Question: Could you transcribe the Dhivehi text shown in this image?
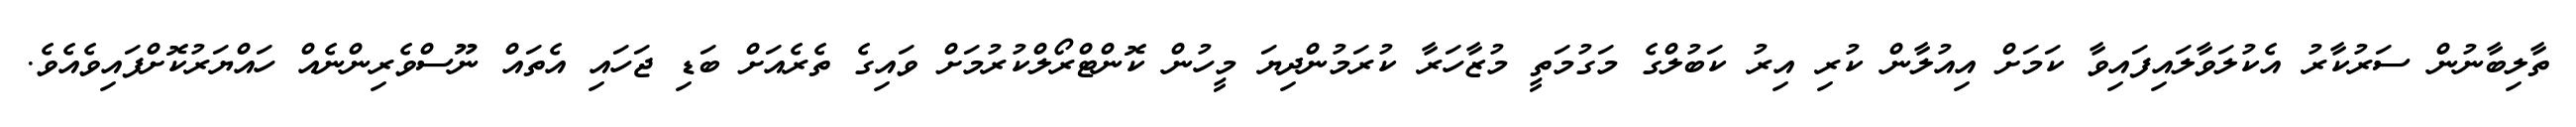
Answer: ތާލިބާނުން ސަރުކާރު އެކުލަވާލައިފައިވާ ކަމަށް އިއުލާން ކުރި އިރު ކަބުލްގެ މަގުމަތީ މުޒާހަރާ ކުރަމުންދިޔަ މީހުން ކޮންޓްރޯލްކުރުމަށް ވައިގެ ތެރެއަށް ބަޑި ޖަހައި އެތައް ނޫސްވެރިންނެއް ހައްޔަރުކޮށްފައިވެއެވެ.